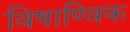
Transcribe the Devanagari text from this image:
विषाण्विक